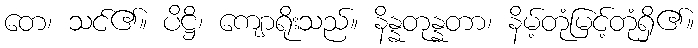
တေ၊ သင်၏။ ပိဋ္ဌိ၊ ကျောရိုးသည်။ နိန္နတုန္နတာ၊ နိမ့်တုံမြင့်တုံရှိ၏။